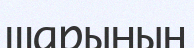
шарының